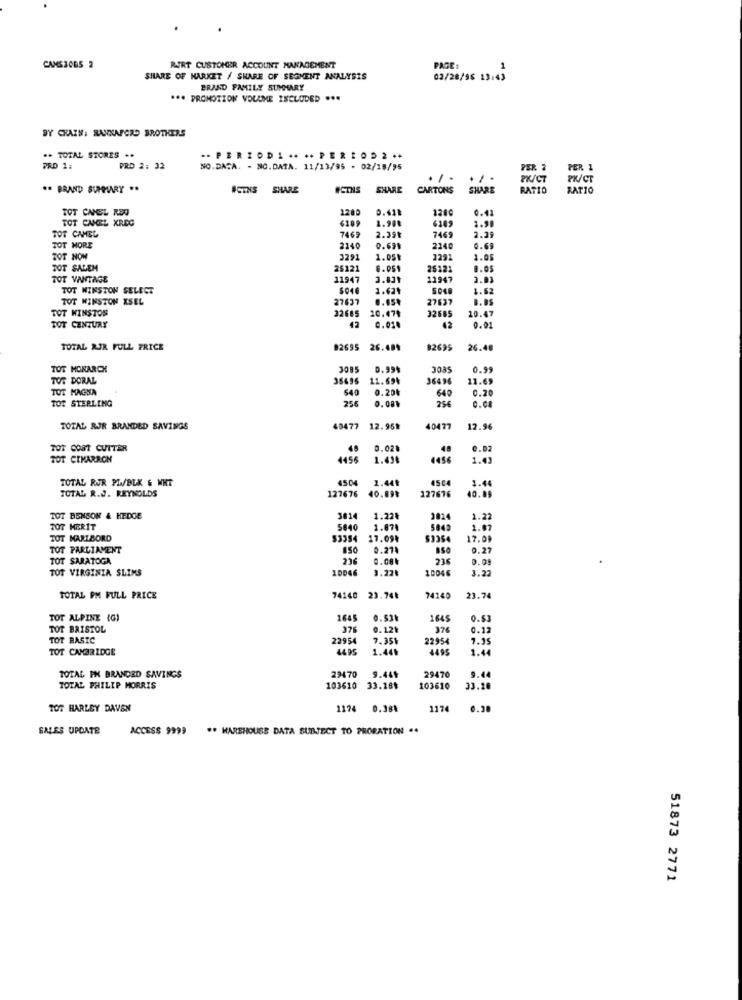
CAMS30B5 2
RTRT CUSTOMER ACCOUNT MANAGEMENT
PAGE:
SHARE OF MARKET / SHARE OF SEGMENT ANALYSIS
02/28/96 13:43
BRAKD FAMILY SUMMARY
*** PROMOTION VOLUME INCLUDED ...
BY CHAIN: HANNAFORD BROTHERS
** TOTAL STORES ..
·· PERIOD. .. .. PERIOD2 **
PRD 1:
PRD 2: 32
NO.DA.A. - NO.DATA. 11/13/95 - 02/18/95
PER 2
PER 1
1
PK/CT
PK/CT
.. BRAND SUPPMARY ..
#CTNS
SHARE
FCTNS
SHARE
CARTONS
SHARE
RATIO
RATIO
TOT CANEL RED
1200
0.418
120€
0.41
TOT CANEL XRIDG
6109
1.98€
2.90
2.39
TOT CAMEL
7469
2.39₺
7469
TOT MORE
2140
0.691
2240
0.69
TOT NOW
3291
1.051
3291
1.05
TOT SALEM
25121
6.951
25121
TOT VANTAGE
11947
3.831
11947
3.03
TOT WINSTON SELECT
1.63%
5048
1.62
TOT WINSTON XSEL
27637
0.654
27637
TOT WINSTON
32685
32685
10.47
TOT CENTURY
20.474
42
0.02.
42
0.01
TOTAL RJR FULL PRICE
02695 26.481
82695
26.48
TOT MONARCH
3085 0.99$
3035
0.99
TOT DORAL
35696 11.694
36496
11.69
TOT MAGSA
64
0.20%
640
0.20
TOT STERLING
256
0.081
254
0.08
TOTAL RJR BRANDED SAVINGS
40477 12.95%
12.95%
40477
12.96
TOT COST CUTTER
48
0.02%
48
C.02
TOT CIMARRON
4456
4456
1.43
TOTAL RUR PL/BLK & WHT
4504 1.44₺
4564
1.46
127676
40.89₺
227676
TOTAL R.J. REYNOLDS
40.89
TOT BENSON & HEDGE
3814
1.22%
1824
1.22
TOT MERIT
5640
1.874
5842
1.07
TOT MARLBORD
$3354
17.09%
$3354
17.09
TOT PARLIAMENT
0.27.
0.27
TOT SARATOGA
216
0.08%
0.01
TOT VIRGINIA SLIMS
10046
1.22₺
10046
3.22
TOTAL PM FULL PRICE
74140 23.74₺
74140
23.74
TOT ALPINE (G)
1645
0.531
1645
0.53
TOT BRISTOL
376
0.121
376
0.12
TOT BASIC
22954
7.35%
22954
7.35
TOT CAMBRIDGE
1495
1.441
4495
1.44
29470
9.44
TOTAL PH BRANDED SAVINGS
29470
9.444
TOTAL PHILIP MORRIS
103610
33.184
103610
33.20
TOT HARLEY DAVEN
1174
0.38%
1174
0.38
SALES UPDATE
ACCESS 9999
** WAREHOUSE DATA SUBJECT TO PRORATION ..
51873 2771